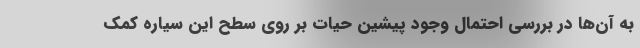
به آن‌ها در بررسی احتمال وجود پیشین حیات بر روی سطح این سیاره کمک